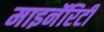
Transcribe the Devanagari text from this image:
माइनॅरिटी